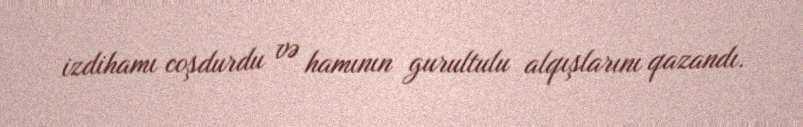
izdihamı coşdurdu və hamının gurultulu alqışlarını qazandı.